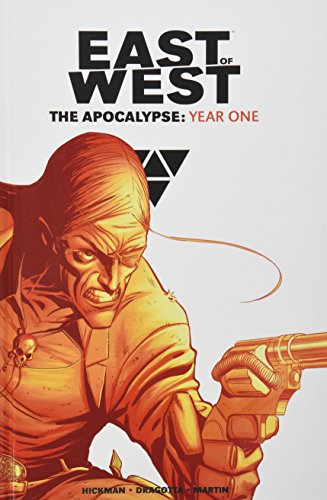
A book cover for East of West The Apocalypse: Year One; Jonathan Hickman; Comics & Graphic Novels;